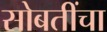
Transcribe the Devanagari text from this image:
सोबतींचा